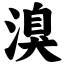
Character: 溴